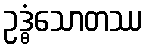
ဥဒ္ဓံသောတဿ